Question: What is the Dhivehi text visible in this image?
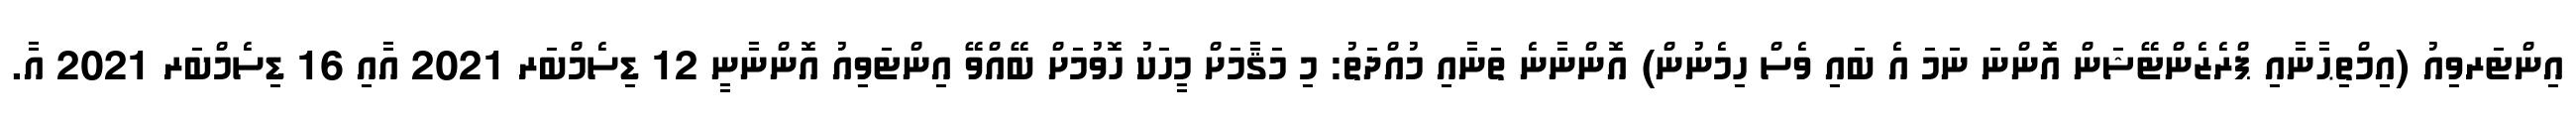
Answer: އިންޓަރވިއު (އިމްތިޙާނާއި ޕްރެޒެންޓޭޝަން އޮންނަ ނަމަ އެ ބައި ވެސް ހިމެނުން) އޮންނާނެ ތަނާއި މުއްދަތު: މި މަޤާމަށް މީހަކު ހޮވުމަށް ބޭއްވޭ އިންޓަވިއު އޮންނާނީ 12 ޑިސެމްބަރ 2021 އާއި 16 ޑިސެމްބަރ 2021 އާ.